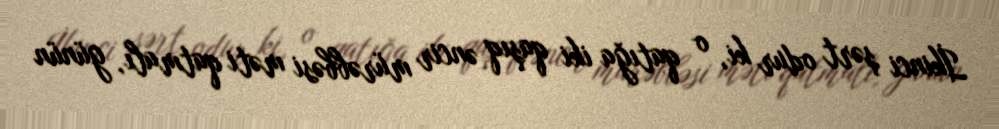
İkinci şərt odur ki, o qatığa iki qaşıq əncir mürəbbəsi məti qatmalı, günün